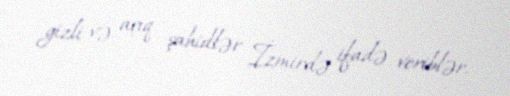
gizli və açıq şahidlər İzmirdə ifadə veriblər.